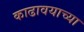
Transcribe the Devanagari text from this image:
काढावयाच्या